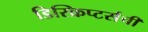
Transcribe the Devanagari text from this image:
डिस्क्रिप्टर्सची